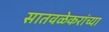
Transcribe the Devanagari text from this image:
सातवळेकरांच्या